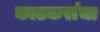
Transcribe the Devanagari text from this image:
काटकरांचा